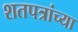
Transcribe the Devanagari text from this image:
शतपत्रांच्या